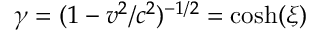
\gamma = ( 1 - v ^ { 2 } / c ^ { 2 } ) ^ { - 1 / 2 } = \cosh ( \xi )